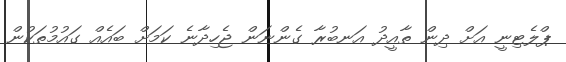
ޕްލެޓިނީ އަށް ދިން ތާއީދު އަނބުރާ ގެންނަން ޖެހިދާނެ ކަމަށް ބައެއް ގައުމުތަކުން